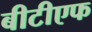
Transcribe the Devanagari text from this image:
बीटीएफ